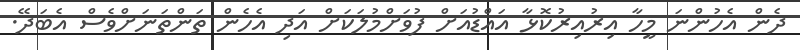
ދެން އެހުންނަ މީހާ އިރުއިރުކޮޅާ އައްޑުއަށް ފުވަށްމުލަކަށް އަދި އެހެން ތަންތަނަށްވެސް އެބަދޭ.